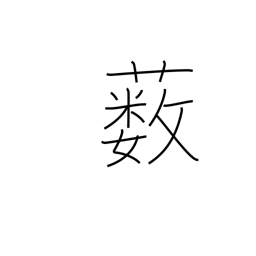
Meaning: underbrush